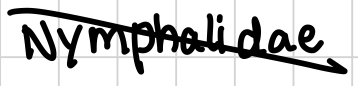
Text: Nymphalidae.
Cross-out: diagonal
Writing tool: digital_black